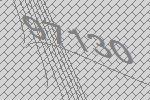
97130